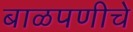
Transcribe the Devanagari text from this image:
बाळपणीचे